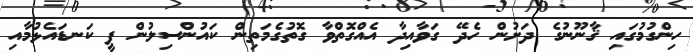
ހިންގުމުގައި ޤާނޫނުގެ ދަށުން ހެދޭ ގަވާއިދާ އެއްގޮތްވާ ގޮތުގެމަތިން ކައުންސިލުން ފީ ކަނޑައެޅުމާއި